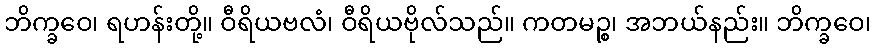
ဘိက္ခဝေ၊ ရဟန်းတို့။ ဝီရိယဗလံ၊ ဝီရိယဗိုလ်သည်။ ကတမဉ္စ၊ အဘယ်နည်း။ ဘိက္ခဝေ၊